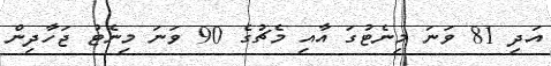
އަދި 81 ވަނަ މިނެޓުގަ އާއި މެޗުގެ 90 ވަނަ މިނެޓު ޖަހާދިން